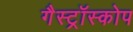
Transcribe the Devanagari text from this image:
गैस्ट्रॉस्कोप